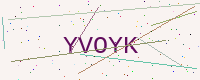
Text: YVOYK